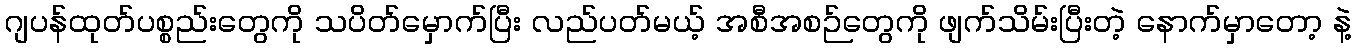
ဂျပန်ထုတ်ပစ္စည်းတွေကို သပိတ်မှောက်ပြီး လည်ပတ်မယ့် အစီအစဉ်တွေကို ဖျက်သိမ်းပြီးတဲ့ နောက်မှာတော့ နဲ့